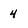
Character: 4